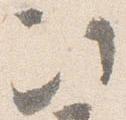
次